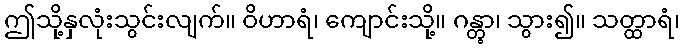
ဤသို့နှလုံးသွင်းလျက်။ ဝိဟာရံ၊ ကျောင်းသို့။ ဂန္တွာ၊ သွား၍။ သတ္ထာရံ၊